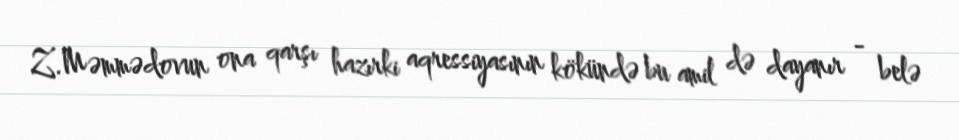
Z.Məmmədovun ona qarşı hazırki aqressiyasının kökündə bu amil də dayanır - belə